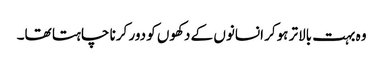
وہ بہت بالاتر ہوکر انسانوں کے دکھوں کو دور کرنا چاہتا تھا۔